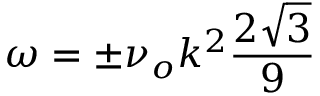
\omega = \pm \nu _ { o } k ^ { 2 } \frac { 2 \sqrt { 3 } } { 9 }